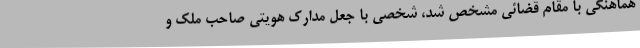
هماهنگی با مقام قضائی مشخص شد، شخصی با جعل مدارک هویتی صاحب ملک و